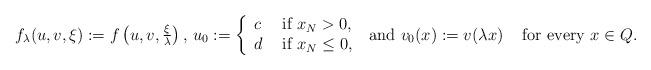
LaTeX: \begin{align*} f_\lambda(u,v,\xi):= f\left(u,v, \tfrac{\xi}{\lambda}\right),\,u_0:=\left\{\begin{array}{ll}c &\hbox{ if }x_N>0,\\d &\hbox{ if }x_N\leq 0,\end{array}\right.\hbox{ and } v_0(x):=v(\lambda x) \;\;\; \hbox{ for every }x\in Q.\end{align*}